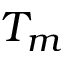
T _ { m }